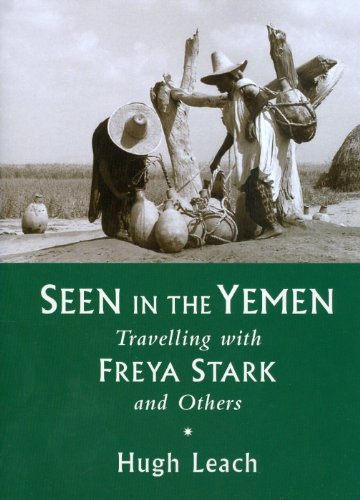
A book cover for Seen in the Yemen: Travelling with Freya Stark and Others; Hugh Leach; Travel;